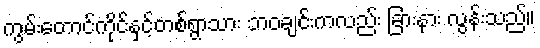
ကွမ်းတောင်ကိုင်နှင့်တစ်ရွာသား ဘဝချင်းကလည်း ခြားနား လွန်းသည်။